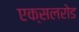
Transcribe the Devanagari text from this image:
एक्सलरोड